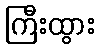
ကြီးထွား